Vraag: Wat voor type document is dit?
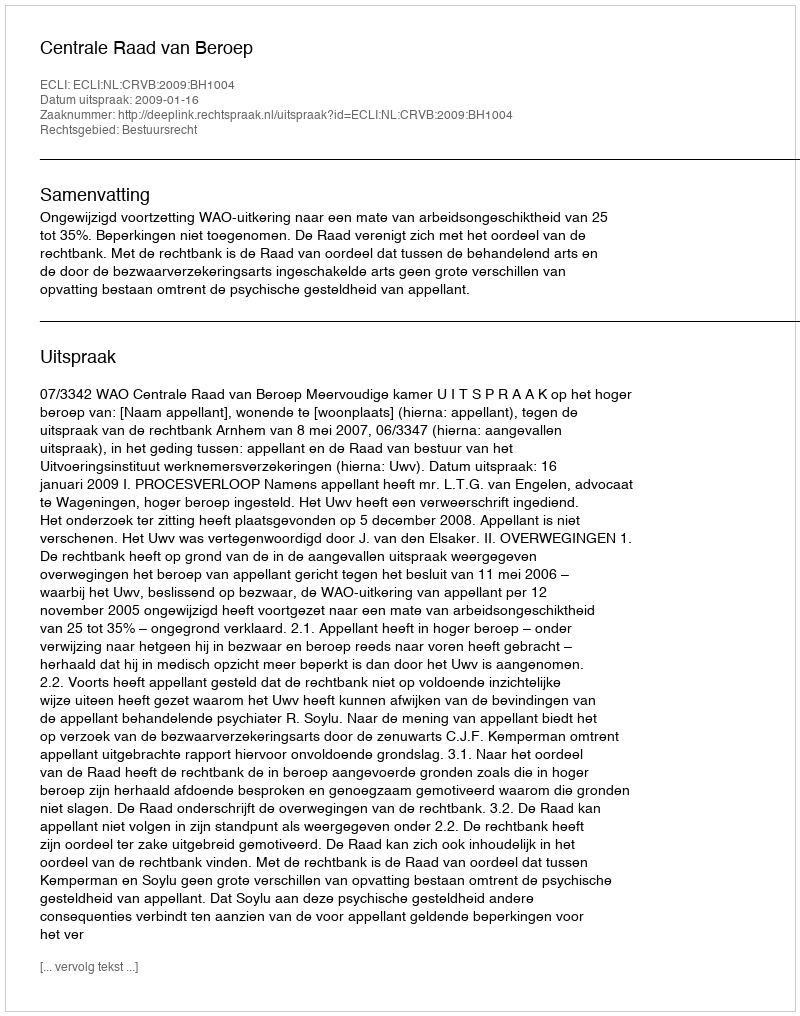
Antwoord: Uitspraak